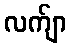
လက်ျာ